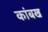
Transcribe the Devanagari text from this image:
कांबख